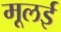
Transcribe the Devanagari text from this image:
मूलई